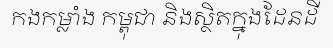
កងកម្លាំង កម្ពុជា និងស្ថិតក្នុងដែនដី